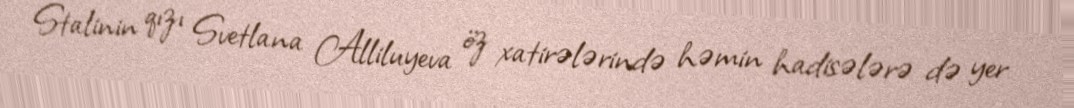
Stalinin qızı Svetlana Alliluyeva öz xatirələrində həmin hadisələrə də yer